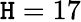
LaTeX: \mathtt{H}=17